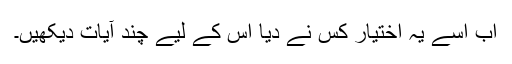
اب اسے یہ اختیار کس نے دیا اس کے لیے چند آیات دیکھیں۔